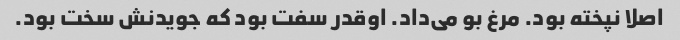
اصلا نپخته بود. مرغ بو می‌داد. اوقدر سفت بود که جویدنش سخت بود.